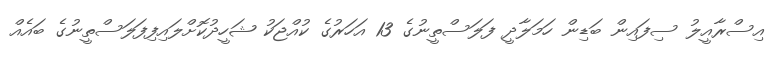
އިސްރާއީލު ސިފައިން ބަޑިން ހަމަލާދީ ފަލަސްތީނުގެ 13 އަހަރުގެ ކުއްޖަކު ޝަހީދުކޮށްލައިފިފަލަސްތީނުގެ ބައެއް